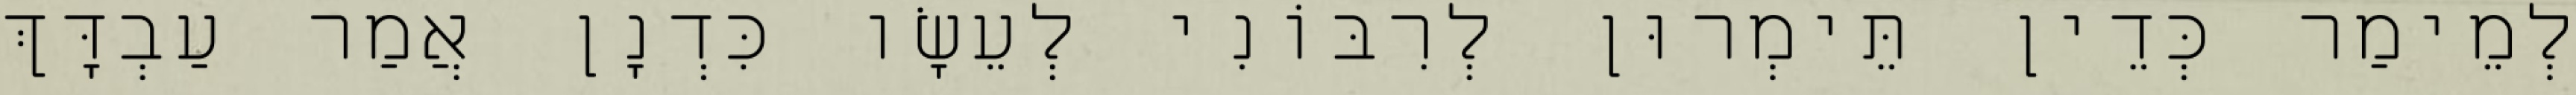
לְמֵימַר כְּדֵין תֵּימְרוּן לְרִבּוֹנִי לְעֵשָׂו כִּדְנָן אֲמַר עַבְדָּךְ